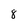
Character: 8